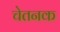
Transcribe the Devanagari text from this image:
चेतनक